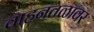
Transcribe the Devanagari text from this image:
वाहनतळावर